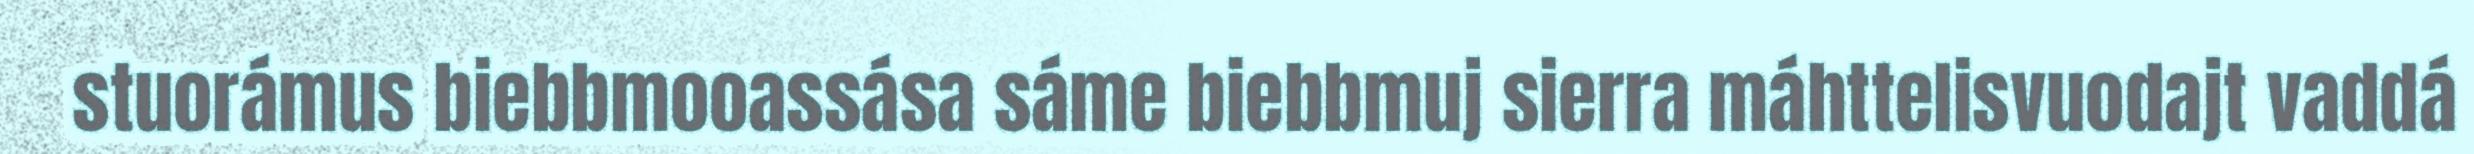
stuorámus biebbmooassása sáme biebbmuj sierra máhttelisvuodajt vaddá